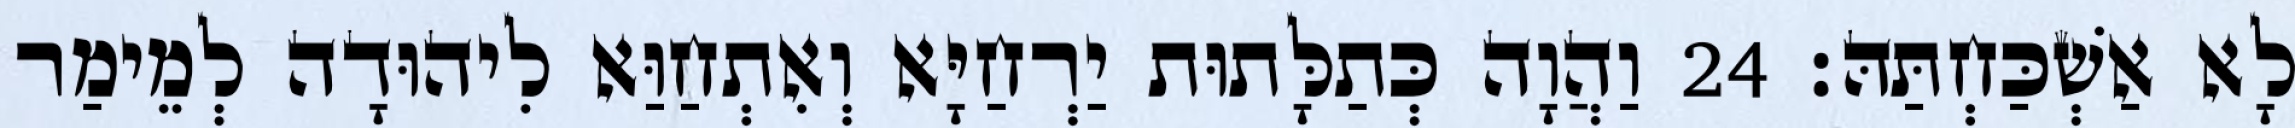
לָא אַשְׁכַּחְתַּהּ׃ 24 וַהֲוָה כְּתַלָּתוּת יַרְחַיָּא וְאִתְחַוַּא לִיהוּדָה לְמֵימַר